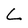
Character: L